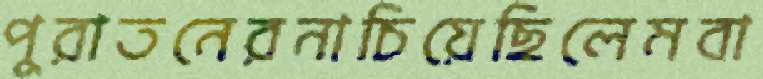
পুরাতনেরনাচিয়েছিলেমবা